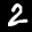
Label: 2